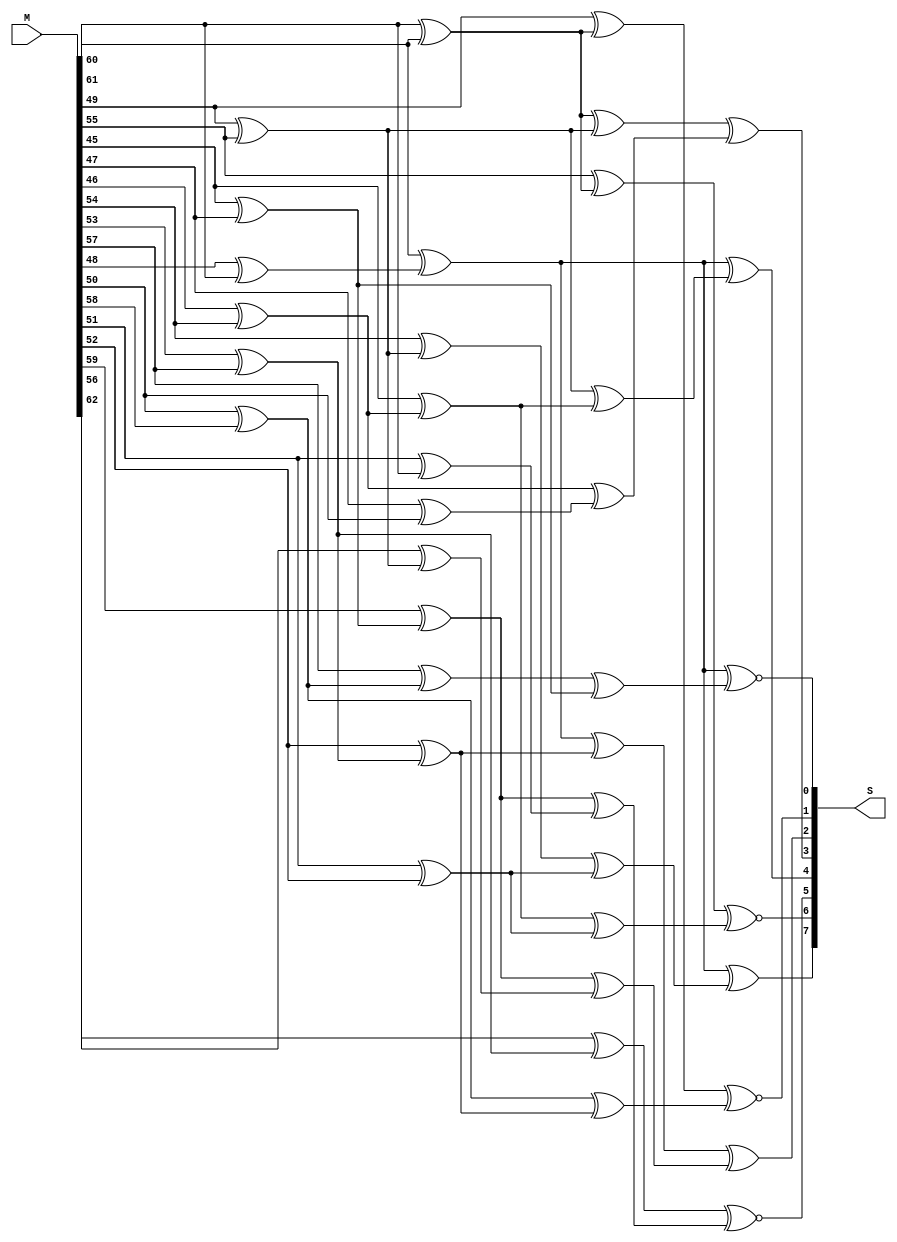
/////////////////////////////////////////////////////////////////////////////////
//
// Original Author: Boyar and Peralta
// Adapted by:
// 
// Module Name: bottom_linear_forward
// Project Name: aes_sboxes
// Description: Bottom linear transform in forward direction.
// 
// Dependencies: None.
// 
// Additional Comments: Based on design from "A depth-16 circuit for the
//                      AES S-box". Shifted values from original in paper for
//                      M1-M63 to be represented as M0-M62
// 
//////////////////////////////////////////////////////////////////////////////////

module bottom_linear_forward (
        input   wire    [62:0]  M,
        output  wire    [7:0]   S
    ); 
    
    //----------------------------------------------------------------
    // Wires/Regs
    //----------------------------------------------------------------
    wire [29:0] L; 

    //----------------------------------------------------------------
    // Continous assignments
    //---------------------------------------------------------------- 
    assign L[0] = M[60] ^ M[61]; // L0 = M61 + M62
    assign L[1] = M[49] ^ M[55]; // L1 = M50 + M56
    assign L[2] = M[45] ^ M[47]; // L2 = M46 + M48
    assign L[3] = M[46] ^ M[54]; // L3 = M47 + M55
    assign L[4] = M[53] ^ M[57]; // L4 = M54 + M58
    assign L[5] = M[48] ^ M[60]; // L5 = M49 + M61
    assign L[6] = M[61] ^ L[5]; // L6 = M62 + L5
    assign L[7] = M[45] ^ L[3]; // L7 = M46 + L3
    assign L[8] = M[50] ^ M[58]; // L8 = M51 + M59
    assign L[9] = M[51] ^ M[52]; // L9 = M52 + M53
    assign L[10] = M[52] ^ L[4]; // L10 = M53 + L4
    assign L[11] = M[59] ^ L[2]; // L11 = M60 + L2
    assign L[12] = M[47] ^ M[50]; // L12 = M48 + M51
    assign L[13] = M[49] ^ L[0]; // L13 = M50 + L0
    assign L[14] = M[51] ^ M[60]; // L14 = M52 + M61
    assign L[15] = M[54] ^ L[1]; // L15 = M55 + L1
    assign L[16] = M[55] ^ L[0]; // L16 = M56 + L0
    assign L[17] = M[56] ^ L[1]; // L17 = M57 + L1
    assign L[18] = M[57] ^ L[8]; // L18 = M58 + L8
    assign L[19] = M[62] ^ L[4]; // L19 = M63 + L4
    assign L[20] = L[0] ^ L[1]; // L20 = L0 + L1
    assign L[21] = L[1] ^ L[7]; // L21 = L1 + L7
    assign L[22] = L[3] ^ L[12]; // L22 = L3 + L12
    assign L[23] = L[18] ^ L[2]; // L23 = L18 + L2
    assign L[24] = L[15] ^ L[9]; // L24 = L15 + L9
    assign L[25] = L[6] ^ L[10]; // L25 = L6 + L10
    assign L[26] = L[7] ^ L[9]; // L26 = L7 + L9
    assign L[27] = L[8] ^ L[10]; // L27 = L8 + L10
    assign L[28] = L[11] ^ L[14]; // L28 = L11 + L14
    assign L[29] = L[11] ^ L[17]; // L29 = L11 + L17

    assign S[7]= L[6] ^ L[24]; // S0 = L6 + L24
    assign S[6]= L[16] ~^ L[26]; // S1 = L16 # L26
    assign S[5]= L[19] ~^ L[28]; // S2 = L19 # L28
    assign S[4]= L[6] ^ L[21]; // S3 = L6 + L21
    assign S[3]= L[20] ^ L[22]; // S4 = L20 + L22
    assign S[2]= L[25]^L[29]; // S5 = L25 + L29
    assign S[1]= L[13] ~^ L[27]; // S6 = L13 # L27
    assign S[0]= L[6] ~^ L[23]; // S7 = L6 # L23

endmodule // bottom_linear_forward